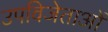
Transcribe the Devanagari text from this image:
उपविजेताओं